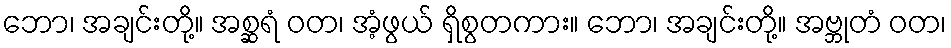
ဘော၊ အချင်းတို့။ အစ္ဆရံ ဝတ၊ အံ့ဖွယ် ရှိစွတကား။ ဘော၊ အချင်းတို့။ အဗ္ဘုတံ ဝတ၊